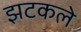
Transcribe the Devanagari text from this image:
झटकले